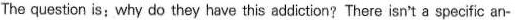
The question is; why do they have this addiction?There isn't a specific an-